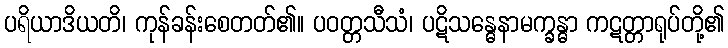
ပရိယာဒိယတိ၊ ကုန်ခန်းစေတတ်၏။ ပဝတ္တသီသံ၊ ပဋိသန္ဓေနာမက္ခန္ဓာ ကဋတ္တာရုပ်တို့၏